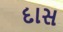
દાસ